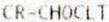
CR-CHOCLT